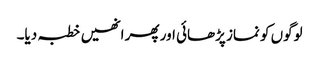
لوگوں کو نماز پڑھائی اور پھر انھیں خطبہ دیا۔